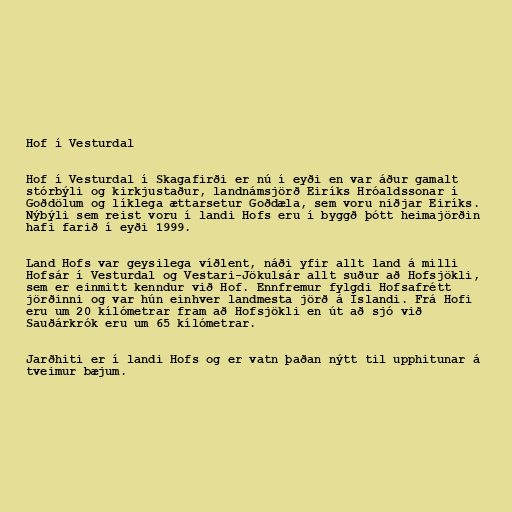
Hof í Vesturdal

Hof í Vesturdal í Skagafirði er nú í eyði en var áður gamalt
stórbýli og kirkjustaður, landnámsjörð Eiríks Hróaldssonar í
Goðdölum og líklega ættarsetur Goðdæla, sem voru niðjar Eiríks.
Nýbýli sem reist voru í landi Hofs eru í byggð þótt heimajörðin
hafi farið í eyði 1999.

Land Hofs var geysilega víðlent, náði yfir allt land á milli
Hofsár í Vesturdal og Vestari-Jökulsár allt suður að Hofsjökli,
sem er einmitt kenndur við Hof. Ennfremur fylgdi Hofsafrétt
jörðinni og var hún einhver landmesta jörð á Íslandi. Frá Hofi
eru um 20 kílómetrar fram að Hofsjökli en út að sjó við
Sauðárkrók eru um 65 kílómetrar.

Jarðhiti er í landi Hofs og er vatn þaðan nýtt til upphitunar á
tveimur bæjum.